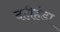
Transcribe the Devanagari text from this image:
दहीहंडा